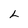
Character: L